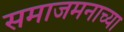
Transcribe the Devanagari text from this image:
समाजमनाच्या